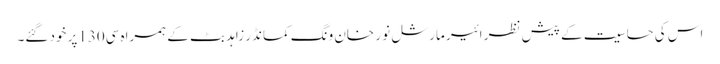
اس کی حساسیت کے پیش نظر ائیر مارشل نو ر خان ونگ کمانڈر زاہد بٹ کے ہمراہ سی130پر خود گئے۔